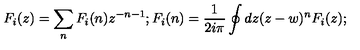
F _ { i } ( z ) = \sum _ { n } F _ { i } ( n ) z ^ { - n - 1 } ; F _ { i } ( n ) = \frac { 1 } { 2 i \pi } \oint { d z ( z - w ) ^ { n } F _ { i } ( z ) } ;